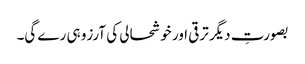
بصورتِ دیگر ترقی اور خوشحالی کی آرزو ہی رے گی۔